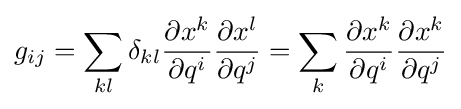
g_{ij}=\sum _{kl}\delta _{kl}{\frac {\partial x^{k}}{\partial q^{i}}}{\frac {\partial x^{l}}{\partial q^{j}}}=\sum _{k}{\frac {\partial x^{k}}{\partial q^{i}}}{\frac {\partial x^{k}}{\partial q^{j}}}